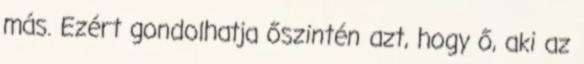
más. Ezért gondolhatja őszintén azt, hogy ő, aki az